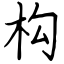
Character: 构